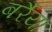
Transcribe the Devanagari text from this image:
बर्रैया